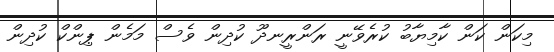
މިކަން ކަން ކާމިޔާބު ކުރެވޭނީ ރަންރީނދޫ ކުދިން ވެސް މަމެން ޕިންކް ކުދިން